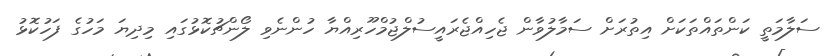
ސަލާމަތީ ކަންތައްތަކަށް އިތުރަށް ސަމާލުވާން ޖެހިއްޖެރައީސުލްޖުމްހޫރިއްޔާ ހުންނެވި ލޯންޗުކޮޅުގައި މިދިޔަ މަހުގެ ފަހުކޮޅު